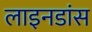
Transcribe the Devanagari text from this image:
लाइनडांस